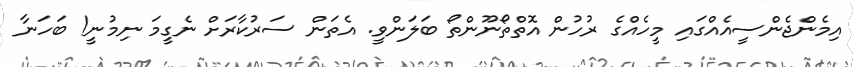
އިމެންޖެންސީއެއްގައި މީހެއްގެ ރުހުން އޮތްތޯނޫންތޯ ބަލަންވީ. އެތަން ސަރުކާރަށް ނެގީމަ ނިމުނީ! ބަހަނާ